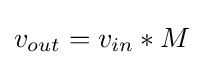
v_{out}=v_{in}*M